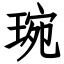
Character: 琬